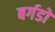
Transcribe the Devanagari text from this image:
बर्गडों